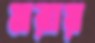
মরায়